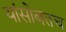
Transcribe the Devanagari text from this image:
यांसोबतच